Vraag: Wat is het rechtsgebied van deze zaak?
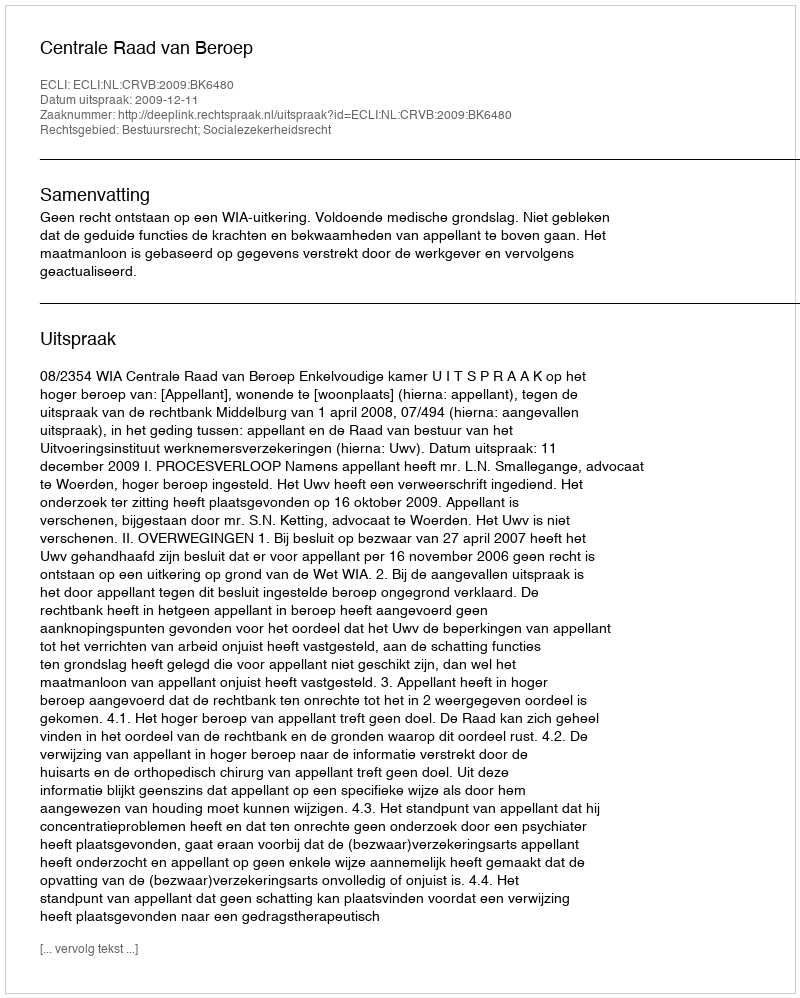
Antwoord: Bestuursrecht; Socialezekerheidsrecht